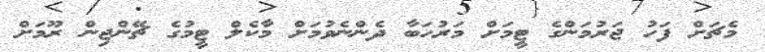
މެޗަށް ފަހު ޖަރުމަންގެ ޓީމަށް މަރުހަބާ ދެންނެވުމަށް މާކެލް ޓީމުގެ ޗޭންޖިން ރޫމަށް